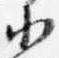
小